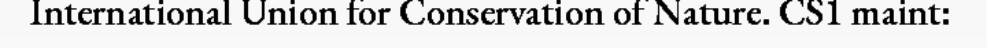
International Union for Conservation of Nature. CS1 maint: